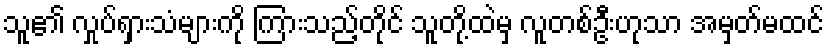
သူ၏ လှုပ်ရှားသံများကို ကြားသည့်တိုင် သူတို့ထဲမှ လူတစ်ဦးဟုသာ အမှတ်မထင်